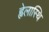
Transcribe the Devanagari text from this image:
ह्वेलास्थि